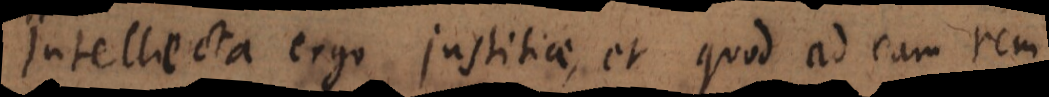
Intellecta ergo justitiae, et quod ad eam rem